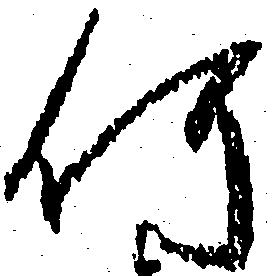
何